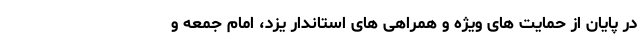
در پایان از حمایت های ویژه و همراهی های استاندار یزد، امام جمعه و